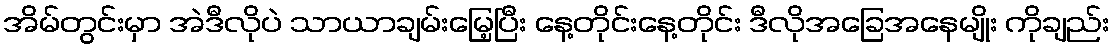
အိမ်တွင်းမှာ အဲဒီလိုပဲ သာယာချမ်းမြေ့ပြီး နေ့တိုင်းနေ့တိုင်း ဒီလိုအခြေအနေမျိုး ကိုချည်း